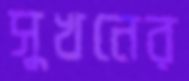
সুখনের